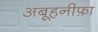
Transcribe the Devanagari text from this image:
अबूहनीफ़ा